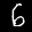
Label: 6